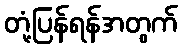
တုံ့ပြန်ရန်အတွက်